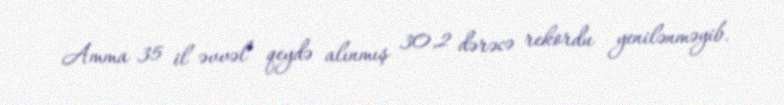
Amma 35 il əvvəl qeydə alınmış 30,2 dərəcə rekordu yenilənməyib.